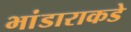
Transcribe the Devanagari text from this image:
भांडाराकडे